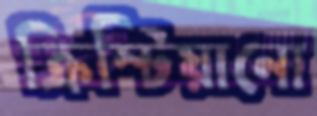
ক্রিস্টিয়ানো